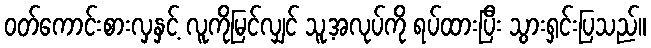
ဝတ်ကောင်းစားလှနှင့် လူကိုမြင်လျှင် သူ့အလုပ်ကို ရပ်ထားပြီး သွားရှင်းပြသည်။